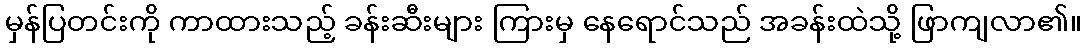
မှန်ပြတင်းကို ကာထားသည့် ခန်းဆီးများ ကြားမှ နေရောင်သည် အခန်းထဲသို့ ဖြာကျလာ၏။